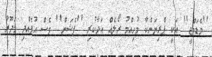
''މެޑަމްޖީ'' އަކީ ޕްރިޔަންކާ މުހިއްމު ރޯލެއް އަދާކުރި ''ފެޝަން'' ވެސް އުފެއްދި މަދޫރު